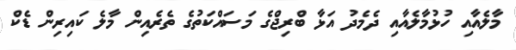
މާލެއާއި ހުޅުމާލެއާއި ދެމެދު އަޅާ ބްރިޖްގެ މަސައްކަތުގެ ތެރެއިން މާލެ ކައިރިން ޑެކް